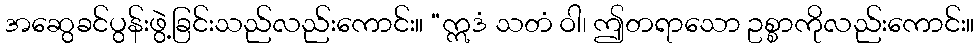
အဆွေခင်ပွန်းဖွဲ့ခြင်းသည်လည်းကောင်း။ “ဣဒံ သတံ ဝါ၊ ဤတရာသော ဥစ္စာကိုလည်းကောင်း။